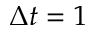
\Delta t = 1